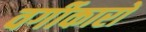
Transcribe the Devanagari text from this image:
वर्गीकारों